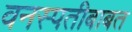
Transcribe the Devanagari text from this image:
वनस्पतीबाबत